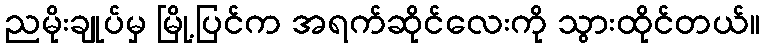
ညမိုးချုပ်မှ မြို့ပြင်က အရက်ဆိုင်လေးကို သွားထိုင်တယ်။